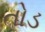
તોડ